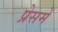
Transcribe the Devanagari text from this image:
प्रेसमें